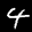
Label: 4